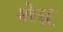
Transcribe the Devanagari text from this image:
शेय्र्र